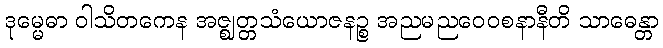
ဒုမ္မေဓာ ဝါသိတကေန အဇ္ဈတ္တသံယောဇနဉ္စ အညမညဝေဝစနာနီတိ သာဓေန္တာ